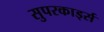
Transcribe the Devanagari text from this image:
सुपरकार्ड्स